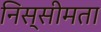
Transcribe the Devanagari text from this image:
निस्सीमता